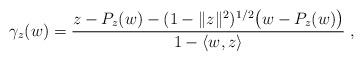
LaTeX: \begin{align*}\gamma_z(w)=\frac{z-P_z(w)-(1-\|z\|^2)^{1/2}\bigl(w-P_z(w)\bigr)}{1-\langle w,z\rangle}\;,\end{align*}